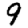
Digit: 9